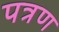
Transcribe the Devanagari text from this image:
पत्रण